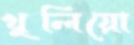
খুলিয়ো